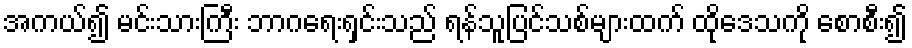
အကယ်၍ မင်းသားကြီး ဘာဂရေးရှင်းသည် ရန်သူပြင်သစ်များထက် ထိုဒေသကို စောစီး၍